画像に写った文字を読んでください
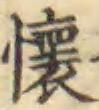
「懷」と書いてあります